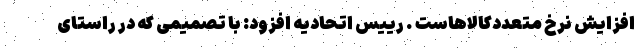
افزایش نرخ‌ متعددکالاهاست . رییس اتحادیه افزود: با تصمیمی که در راستای